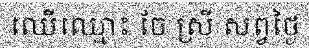
ឈើឈ្មោះ ចែ ស្រី សព្វថ្ងៃ